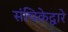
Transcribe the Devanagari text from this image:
संचिकेद्वारे